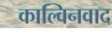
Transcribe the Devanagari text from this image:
काल्विनवाद